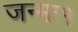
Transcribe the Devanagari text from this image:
जन्मः१